Vaccination in Bombay 1869-1873 - 1869-1873
Year: 1869
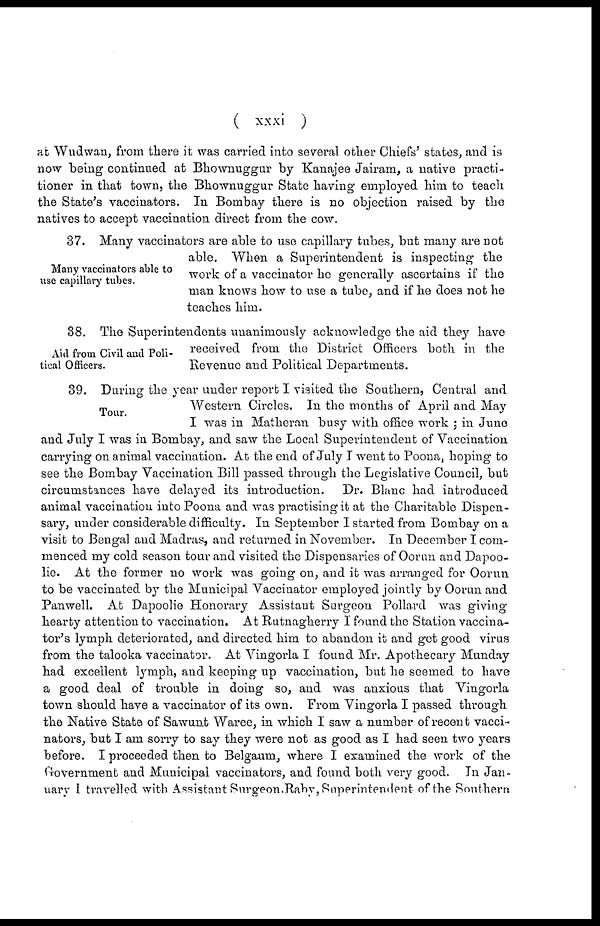
( xxxi )
at Wudwan, from there it was carried into several other Chiefs' states, and is
now being continued at Bhownuggur by Kanajee Jairam, a native practi-
tioner in that town, the Bhownuggur State having employed him to teach
the State's vaccinators. In Bombay there is no objection raised by the
natives to accept vaccination direct from the cow.
Many vaccinators able to
use capillary tubes.
37. Many vaccinators are able to use capillary tubes, but many are not
able. When a Superintendent is inspecting the
work of a vaccinator he generally ascertains if the
man knows how to use a tube, and if he does not he
teaches him.
Aid from Civil and Poli-
tical Officers.
38. The Superintendents unanimously acknowledge the aid they have
received from the District Officers both in the
Revenue and Political Departments.
Tour.
39. During the year under report I visited the Southern, Central and
Western Circles. In the months of April and May
I was in Matheran busy with office work ; in June
and July I was in Bombay, and saw the Local Superintendent of Vaccination
carrying on animal vaccination. At the end of July I went to Poona, hoping to
see the Bombay Vaccination Bill passed through the Legislative Council, but
circumstances have delayed its introduction. Dr. Blanc had introduced
animal vaccination into Poona and was practising it at the Charitable Dispen-
sary, under considerable difficulty. In September I started from Bombay on a
visit to Bengal and Madras, and returned in November. In December I com-
menced my cold season tour and visited the Dispensaries of Oorun and Dapoo¬
lie. At the former no work was going on, and it was arranged for Oorun
to be vaccinated by the Municipal Vaccinator employed jointly by Oorun and
Panwell. At Dapoolie Honorary Assistant Surgeon Pollard was giving
hearty attention to vaccination. At Rutnagherry I found the Station vaccina-
tor's lymph deteriorated, and directed him to abandon it and get good virus
from the talooka vaccinator. At Vingorla I found Mr. Apothecary Munday
had excellent lymph, and keeping up vaccination, but he seemed to have
a good deal of trouble in doing so, and was anxious that Vingorla
town should have a vaccinator of its own. From Vingorla I passed through
the Native State of Sawunt Waree, in which I saw a number of recent vacci-
nators, but I am sorry to say they were not as good as I had seen two years
before. I proceeded then to Belgaum, where I examined the work of the
Government and Municipal vaccinators, and found both very good. In Jan-
uary I travelled with Assistant Surgeon Raby, Superintendent of the Southern